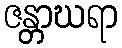
ဇန္တာဃရာ